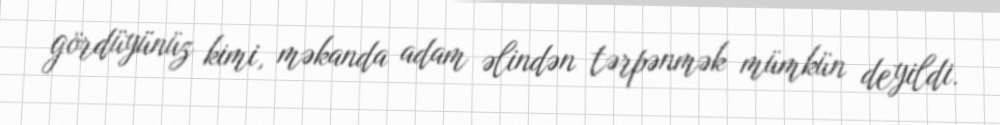
gördüyünüz kimi, məkanda adam əlindən tərpənmək mümkün deyildi.